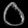
Digit: ၀